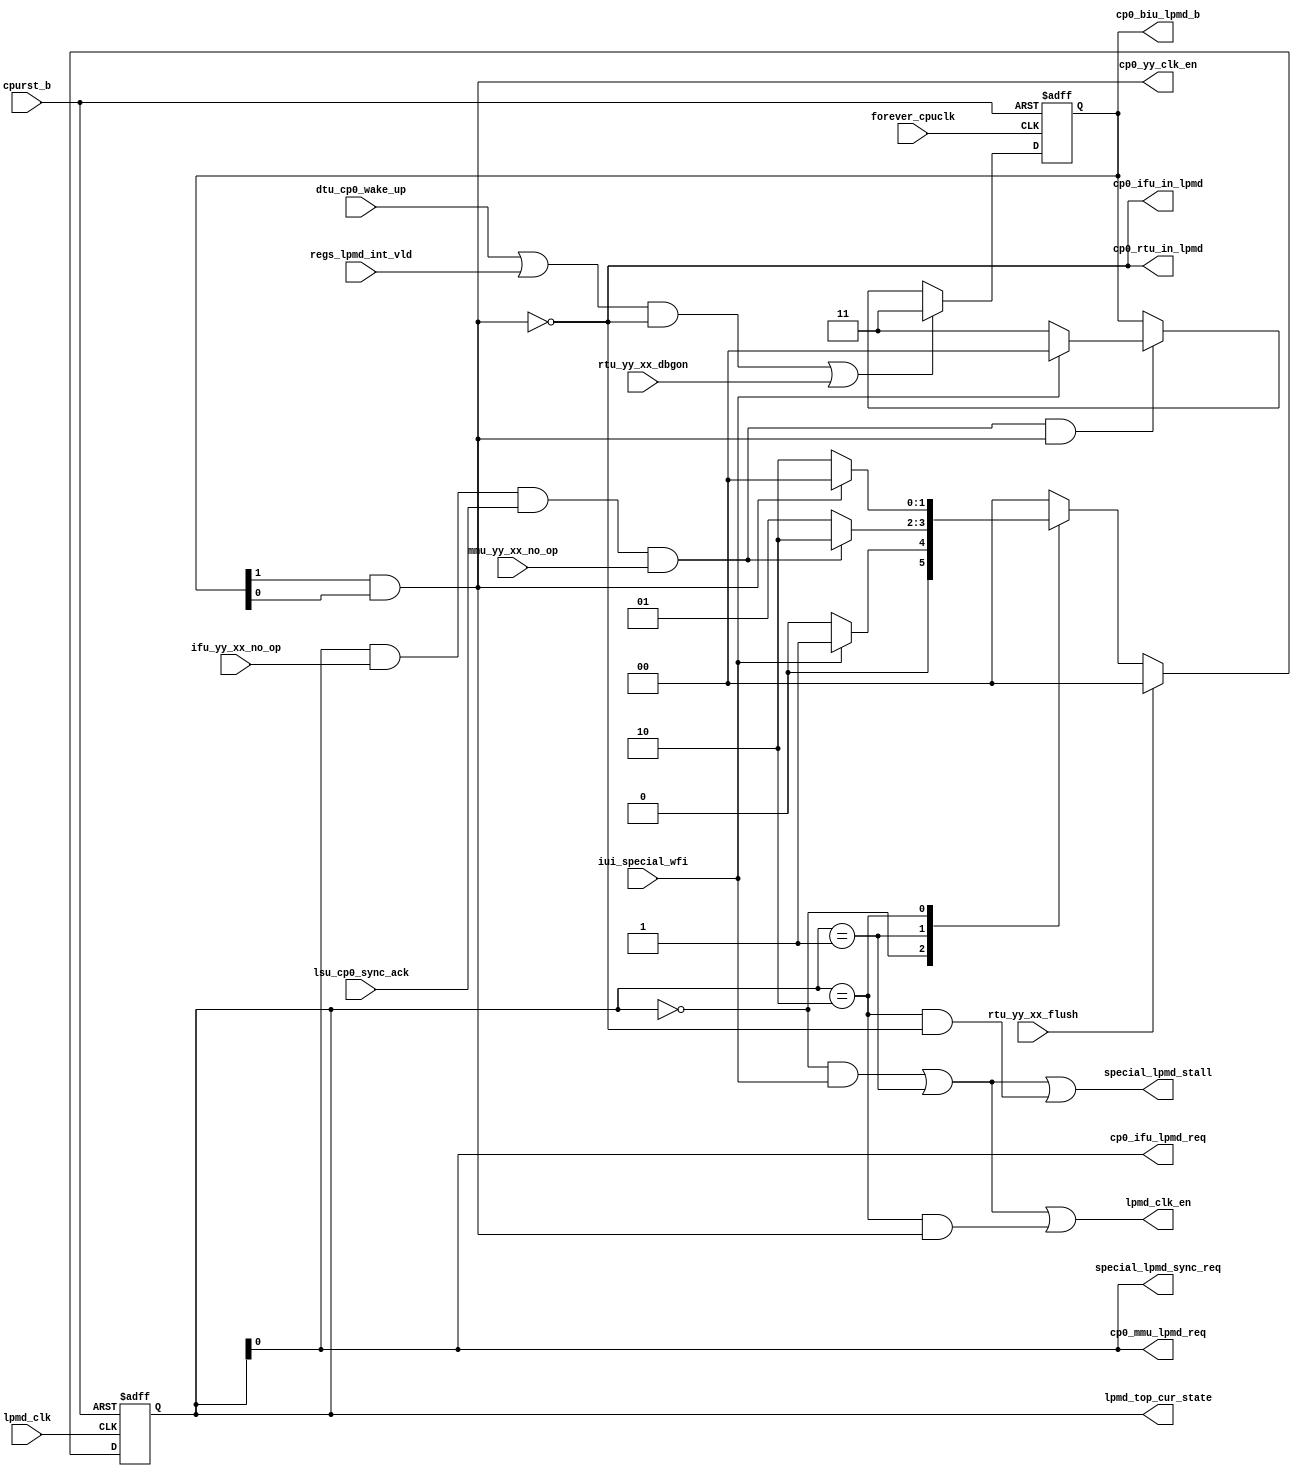
/*Copyright 2020-2021 T-Head Semiconductor Co., Ltd.

Licensed under the Apache License, Version 2.0 (the "License");
you may not use this file except in compliance with the License.
You may obtain a copy of the License at

    http://www.apache.org/licenses/LICENSE-2.0

Unless required by applicable law or agreed to in writing, software
distributed under the License is distributed on an "AS IS" BASIS,
WITHOUT WARRANTIES OR CONDITIONS OF ANY KIND, either express or implied.
See the License for the specific language governing permissions and
limitations under the License.
*/

// &ModuleBeg; @23
module aq_cp0_lpmd(
  cp0_biu_lpmd_b,
  cp0_ifu_in_lpmd,
  cp0_ifu_lpmd_req,
  cp0_mmu_lpmd_req,
  cp0_rtu_in_lpmd,
  cp0_yy_clk_en,
  cpurst_b,
  dtu_cp0_wake_up,
  forever_cpuclk,
  ifu_yy_xx_no_op,
  iui_special_wfi,
  lpmd_clk,
  lpmd_clk_en,
  lpmd_top_cur_state,
  lsu_cp0_sync_ack,
  mmu_yy_xx_no_op,
  regs_lpmd_int_vld,
  rtu_yy_xx_dbgon,
  rtu_yy_xx_flush,
  special_lpmd_stall,
  special_lpmd_sync_req
);


// &Ports; @25
input          cpurst_b;             
input          dtu_cp0_wake_up;      
input          forever_cpuclk;       
input          ifu_yy_xx_no_op;      
input          iui_special_wfi;      
input          lpmd_clk;             
input          lsu_cp0_sync_ack;     
input          mmu_yy_xx_no_op;      
input          regs_lpmd_int_vld;    
input          rtu_yy_xx_dbgon;      
input          rtu_yy_xx_flush;      
output  [1:0]  cp0_biu_lpmd_b;       
output         cp0_ifu_in_lpmd;      
output         cp0_ifu_lpmd_req;     
output         cp0_mmu_lpmd_req;     
output         cp0_rtu_in_lpmd;      
output         cp0_yy_clk_en;        
output         lpmd_clk_en;          
output  [1:0]  lpmd_top_cur_state;   
output         special_lpmd_stall;   
output         special_lpmd_sync_req; 

// &Regs; @26
reg     [1:0]  cur_state;            
reg     [1:0]  lpmd_b;               
reg     [1:0]  next_state;           

// &Wires; @27
wire    [1:0]  cp0_biu_lpmd_b;       
wire           cp0_ifu_in_lpmd;      
wire           cp0_ifu_lpmd_req;     
wire           cp0_mmu_lpmd_req;     
wire           cp0_rtu_in_lpmd;      
wire           cp0_yy_clk_en;        
wire           cpu_in_lpmd;          
wire           cpurst_b;             
wire           dtu_cp0_wake_up;      
wire           forever_cpuclk;       
wire           ifu_yy_xx_no_op;      
wire           iui_special_wfi;      
wire           lpmd_ack;             
wire           lpmd_clk;             
wire           lpmd_clk_en;          
wire           lpmd_in_wait_state;   
wire           lpmd_stall;           
wire    [1:0]  lpmd_top_cur_state;   
wire           lsu_cp0_sync_ack;     
wire           mmu_yy_xx_no_op;      
wire           regs_lpmd_int_vld;    
wire           rtu_yy_xx_dbgon;      
wire           rtu_yy_xx_flush;      
wire           special_lpmd_stall;   
wire           special_lpmd_sync_req; 


//==========================================================
//                 Instance of Gated Cell  
//==========================================================
//----------------------------------------------------------
//   Handling the low power operating modes
//----------------------------------------------------------
// Request the BIU to enter low power mode and do
// not accept any more transaction from IFU or LSU
                     
//-------------------FSM of lpmd req logic------------------
// State Description:
// IDLE : no lpmd instruction (wfi)
// WAIT : request biu and wait for biu ack
//        the lpmd request        
// LPMD : wait for wake up and then cmplt lpmd inst
//----------------------------------------------------------

parameter IDLE = 2'b00;
parameter WAIT = 2'b01;
parameter LPMD = 2'b10;

assign lpmd_clk_en = cur_state[1:0] == IDLE && iui_special_wfi
                  || cur_state[1:0] == WAIT
                  || cur_state[1:0] == LPMD && !cpu_in_lpmd;

always @(posedge lpmd_clk or negedge cpurst_b)
begin
  if(!cpurst_b)
    cur_state[1:0] <= IDLE;
  else if(rtu_yy_xx_flush)
    cur_state[1:0] <= IDLE;
  else
    cur_state[1:0] <= next_state[1:0];
end

// &CombBeg; @64
always @( cur_state[1:0]
       or lpmd_ack
       or iui_special_wfi
       or cpu_in_lpmd)
begin
  case(cur_state[1:0])
  IDLE       : if(iui_special_wfi)
                next_state[1:0] = WAIT;
              else
                next_state[1:0] = IDLE;
  WAIT      : if(lpmd_ack)
                next_state[1:0] = LPMD;
              else
                next_state[1:0] = WAIT;
  LPMD      : if(!cpu_in_lpmd)
                next_state[1:0] = IDLE;
              else
                next_state[1:0] = LPMD;
  default   :   next_state[1:0] = IDLE;
  endcase
// &CombEnd; @80
end

assign lpmd_in_wait_state = cur_state[0];


//----------------conctol signal by lpmd FSM----------------
//req if entering into WAIT state
assign special_lpmd_sync_req = lpmd_in_wait_state;
assign cp0_ifu_lpmd_req = lpmd_in_wait_state;
assign cp0_mmu_lpmd_req = lpmd_in_wait_state;

//----------------------------------------------------------
//               lpmd request ack 
//----------------------------------------------------------
assign lpmd_ack = lpmd_in_wait_state
                  && ifu_yy_xx_no_op
                  && lsu_cp0_sync_ack
                  && mmu_yy_xx_no_op;

assign lpmd_stall = cur_state == IDLE && iui_special_wfi
                 || cur_state == WAIT
                 || cur_state == LPMD && cpu_in_lpmd;

// assign lpmd_cmplt = (cur_state[1:0] == LPMD) && !cpu_in_lpmd;

//----------------------------------------------------------
// Send lpmd bits to BIU and HAD, when
// cp0 can enter low power mode (get biu_cp0_no_op)
//----------------------------------------------------------
// &Force("output","cp0_biu_lpmd_b"); @109

always @(posedge forever_cpuclk or negedge cpurst_b)
begin
  if(!cpurst_b)
    lpmd_b[1:0] <= 2'b11;
  else if((dtu_cp0_wake_up || regs_lpmd_int_vld)
          && cpu_in_lpmd || rtu_yy_xx_dbgon)
    lpmd_b[1:0] <= 2'b11;
  else if(lpmd_ack && !cpu_in_lpmd)
  begin
    if(iui_special_wfi)
      lpmd_b[1:0] <= 2'b00;
    else
      lpmd_b[1:0] <= 2'b11;
  end
  else
    lpmd_b[1:0] <= lpmd_b[1:0];
end

assign cp0_biu_lpmd_b[1:0] = lpmd_b[1:0];

//cpu ack in debug mode
assign cpu_in_lpmd     = !(lpmd_b[1] & lpmd_b[0]);

assign cp0_ifu_in_lpmd = cpu_in_lpmd;
assign cp0_rtu_in_lpmd = cpu_in_lpmd;

//======================================================
//Generate clock enable signal to clock module
//Disable the clock when low power mode is entered
//======================================================
// &Force("output","cp0_yy_clk_en"); @141
assign cp0_yy_clk_en = lpmd_b[1] & lpmd_b[0];

//==========================================================
//                          Output
//==========================================================
//----------------------------------------------------------
//                         For CP0
//----------------------------------------------------------
assign special_lpmd_stall = lpmd_stall;

assign lpmd_top_cur_state[1:0] = cur_state[1:0];

// &ModuleEnd; @154
endmodule